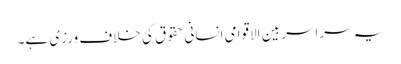
یہ سراسر بین الاقوامی انسانی حقوق کی خلاف ورزی ہے۔